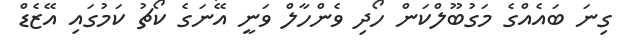
ގިނަ ބައެއްގެ މަގުބޫލްކަން ހޯދި ވެންހާލް ވަނީ އޭނަގެ ކޯޗު ކަމުގައި އޭޒެޑް